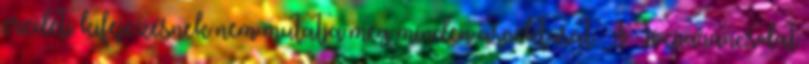
eredeti kifejezésnek nem mutatja meg minden aspektusát. A Tízparancsolat